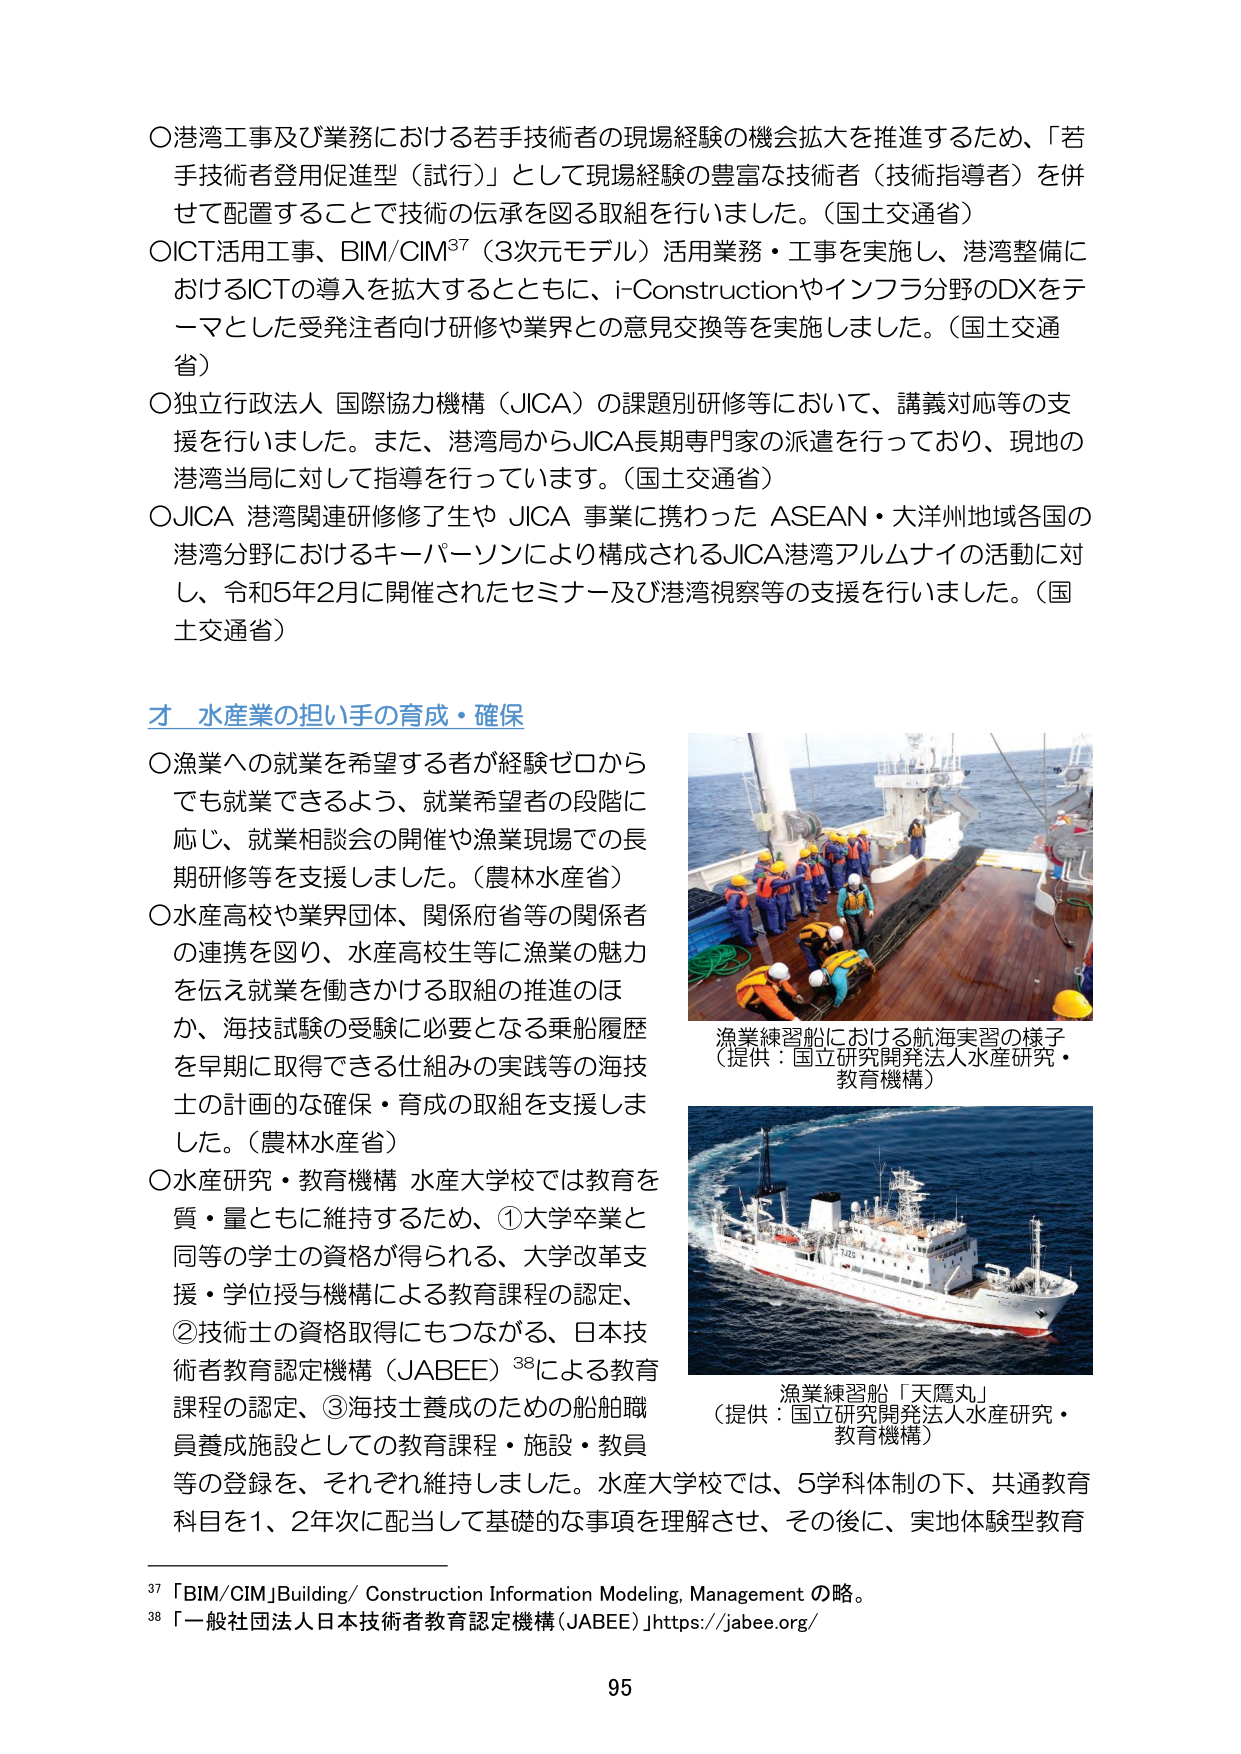
〇港湾工事及び業務における若手技術者の現場経験の機会拡大を推進するため、「若手技術者登用促進型（試行）」として現場経験の豊富な技術者（技術指導者）を併せて配置することで技術の伝承を図る取組を行いました。（国土交通省）
〇ICT活用工事、BIM/CIM³⁷（3次元モデル）活用業務・工事を実施し、港湾整備におけるICTの導入を拡大するとともに、i-Constructionやインフラ分野のDXをテーマとした受発注者向け研修や業界との意見交換等を実施しました。（国土交通省）
〇独立行政法人 国際協力機構（JICA）の課題別研修等において、講義対応等の支援を行いました。また、港湾局からJICA長期専門家の派遣を行っており、現地の港湾当局に対して指導を行っています。（国土交通省）
〇JICA 港湾関連研修修了生や JICA 事業に携わった ASEAN・大洋州地域各国の港湾分野におけるキーパーソンにより構成されるJICA港湾アルムナイの活動に対し、令和5年2月に開催されたセミナー及び港湾視察等の支援を行いました。（国土交通省）

**才 水産業の担い手の育成・確保**

〇漁業への就業を希望する者が経験ゼロからでも就業できるよう、就業希望者の段階に応じ、就業相談会の開催や漁業現場での長期研修等を支援しました。（農林水産省）
〇水産高校や業界団体、関係府省等の関係者の連携を図り、水産高校生等に漁業の魅力を伝え就業を働きかける取組の推進のほか、海技試験の受験に必要となる乗船履歴を早期に取得できる仕組みの実践等の海技士の計画的な確保・育成の取組を支援しました。（農林水産省）
〇水産研究・教育機構 水産大学校では教育を質・量ともに維持するため、①大学卒業と同等の学生の資格が得られる、大学改革支援・学位授与機構による教育課程の認定、②技術士の資格取得にもつながる、日本技術者教育認定機構（JABEE）³⁸による教育課程の認定、③海技士養成のための船舶職員養成施設としての教育課程・施設・教員等の登録を、それぞれ維持しました。水産大学校では、5学科体制の下、共通教育科目を1、2年次に配当して基礎的な事項を理解させ、その後に、実地体験型教育

漁業練習船における航海実習の様子
（提供：国立研究開発法人水産研究・教育機構）

漁業練習船「天鷹丸」
（提供：国立研究開発法人水産研究・教育機構）

³⁷「BIM/CIM」Building/ Construction Information Modeling, Management の略。
³⁸「一般社団法人日本技術者教育認定機構（JABEE）」https://jabee.org/

95